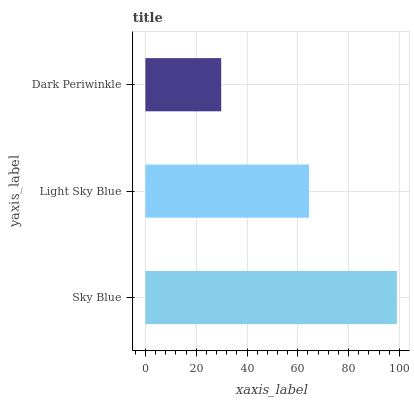
| yaxis_label | bars |
 | --- | --- |
 | Sky Blue | 99 |
 | Light Sky Blue | 64.4 |
 | Dark Periwinkle | 29.8 |